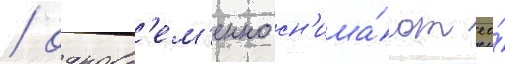
/ одновр'ем'енно сн'ижа́ют ео́